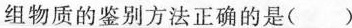
组物质的鉴别方法正确的是()